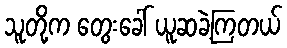
သူတို့က တွေးခေါ် ယူဆခဲ့ကြတယ်